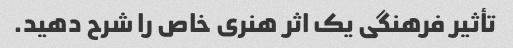
تأثیر فرهنگی یک اثر هنری خاص را شرح دهید.